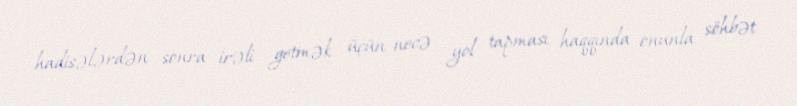
hadisələrdən sonra irəli getmək üçün necə yol tapması haqqında onunla söhbət